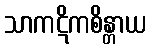
သာကဋိကစိန္တာယ